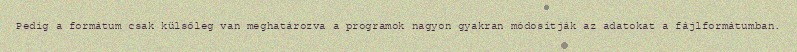
Pedig a formátum csak külsőleg van meghatározva a programok nagyon gyakran módosítják az adatokat a fájlformátumban.